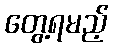
တွေ့ရမည့်